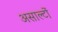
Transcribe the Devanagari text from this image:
असाल्टों